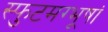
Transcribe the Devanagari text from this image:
स्फुटमग्भूषां